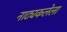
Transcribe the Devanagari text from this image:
नाट्यकलेला